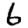
Digit: 6